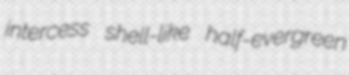
intercess shell-like half-evergreen